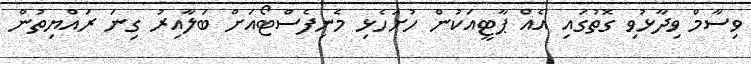
ވިސާމް ވިދާޅުވި ގޮތުގައި އެއް ޕާޓީއަކުން ހުށަހެޅި މެނިފެސްޓޯއަށް ބަލާއިރު ގިނަ ރައްޔިތުން